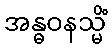
အန္ဓဝနသ္မိံ